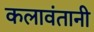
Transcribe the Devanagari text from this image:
कलावंतानी